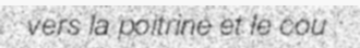
vers la poitrine et le cou